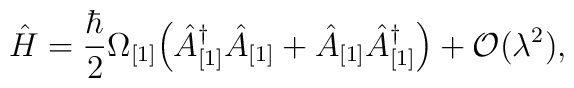
\hat{H} = \frac{\hbar}{2} \Omega_{[1]} \Bigl(\hat{A}^{\dagger}_{[1]} \hat{A}_{[1]} +\hat{A}_{[1]}\hat{A}^{\dagger}_{[1]} \Bigr) + {\cal O} (\lambda^2),